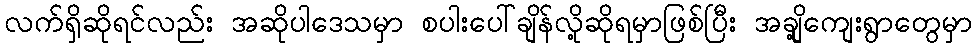
လက်ရှိဆိုရင်လည်း အဆိုပါဒေသမှာ စပါးပေါ်ချိန်လို့ဆိုရမှာဖြစ်ပြီး အချို့ကျေးရွာတွေမှာ